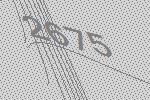
2675